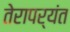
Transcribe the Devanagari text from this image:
तेरापर्यंत